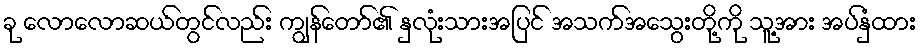
ခု လောလောဆယ်တွင်လည်း ကျွန်တော်၏ နှလုံးသားအပြင် အသက်အသွေးတို့ကို သူ့အား အပ်နှံထား